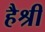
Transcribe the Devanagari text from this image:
हैश्री